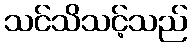
သင်သိသင့်သည်